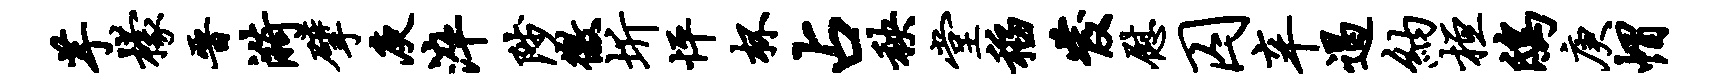
芋檬晋漪擘庾淬陟徼圻怦杯占秧堂稻发慰囚辛遏纳桓鸱庚帽